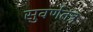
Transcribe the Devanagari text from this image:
सुवर्णतंत्र